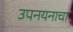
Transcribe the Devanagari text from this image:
उपनयनाचा